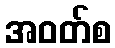
အဝတ်စ